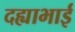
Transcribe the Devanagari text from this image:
दह्याभाई